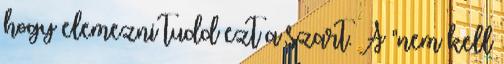
hogy elemezni tudd ezt a szart. A "nem kell